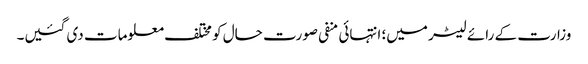
وزارت کے رائے لیٹر میں؛ انتہائی منفی صورت حال کو مختلف معلومات دی گئیں۔